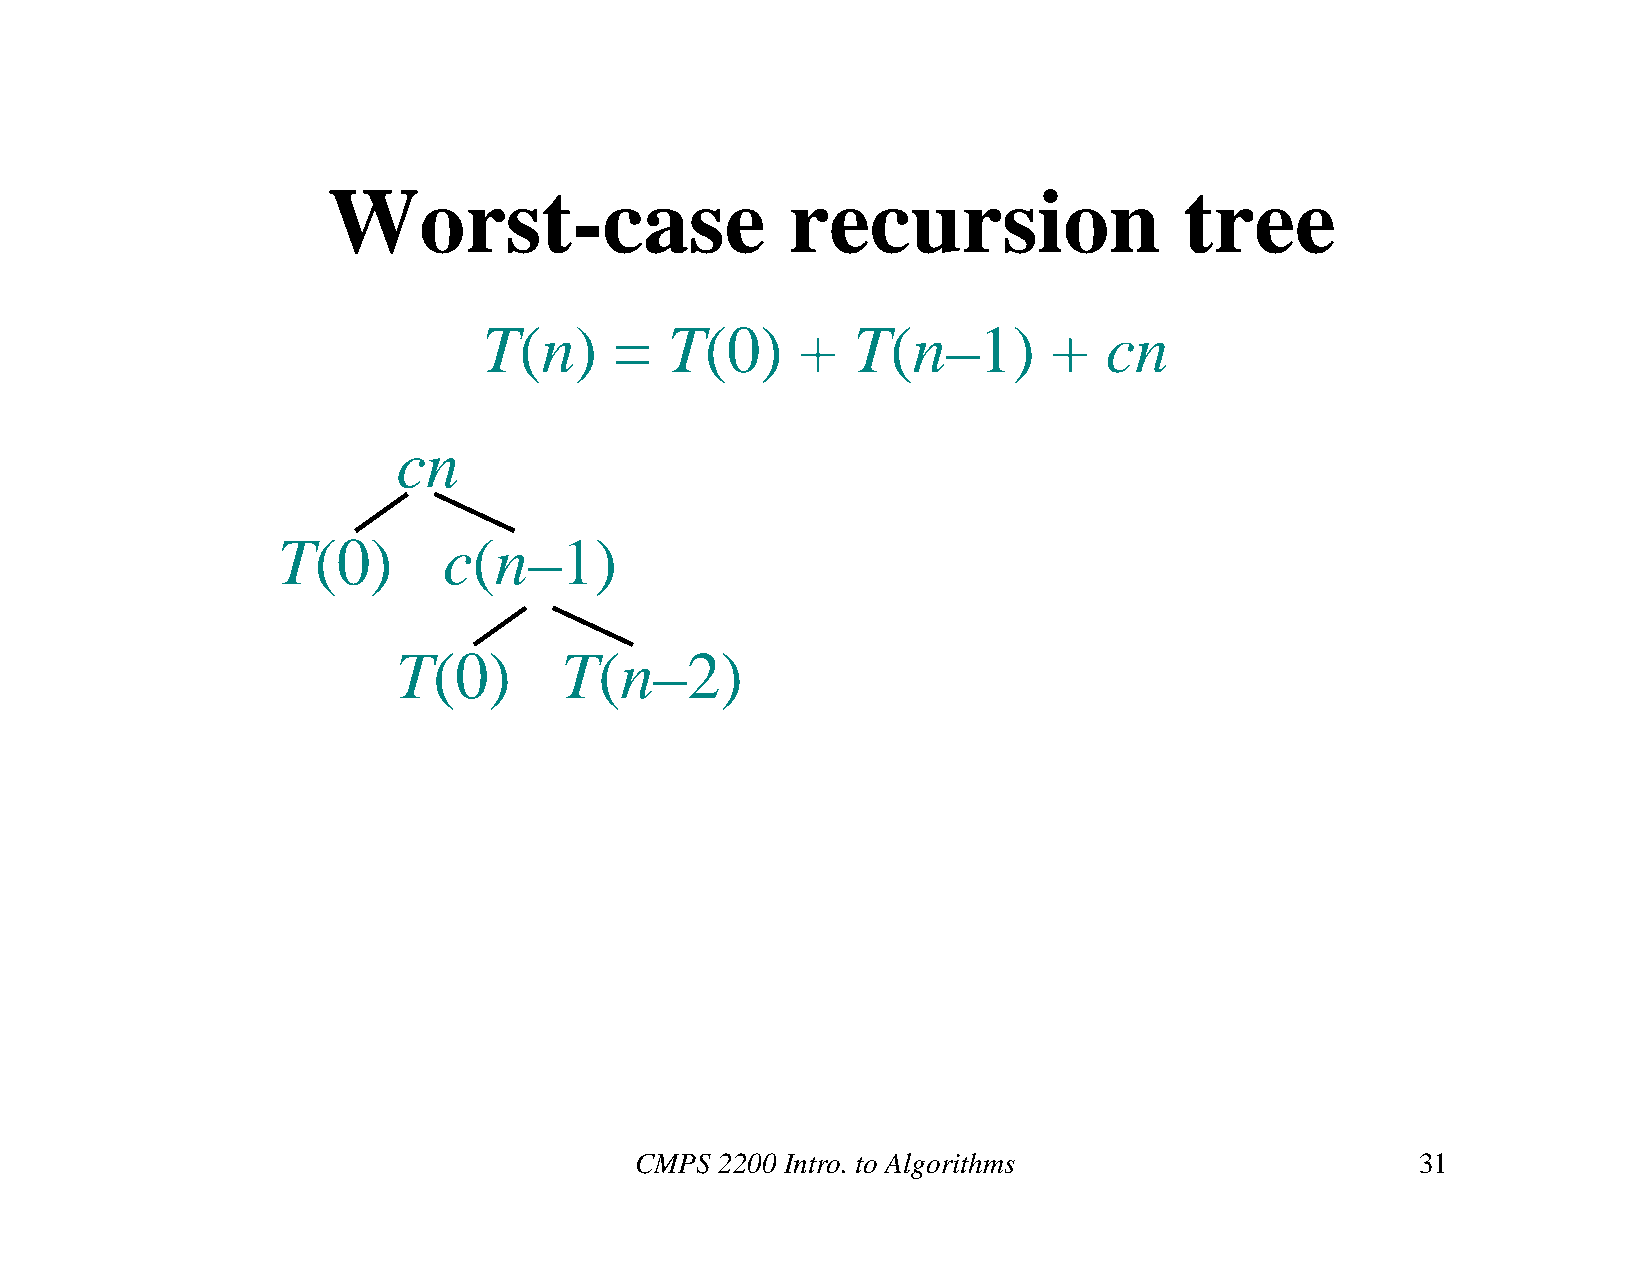
Worst-case                    recursion                 tree
 T(n)     =  T(0)     +  T(n–1)        +  cn
 cn
 T(0)       c(n–1)
 T(0)       T(n–2)
 CMPS  2200 Intro. to Algorithms                     31